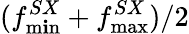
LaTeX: (f_{\operatorname*{m\mathbf{i}n}}^{SX}+f_{\operatorname*{max}}^{SX})/2